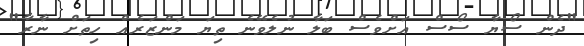
"ދެން ސޯޔާ ސޯސް އަށްވެސް ބަލާ ނުލެވޭނެ ތިޔަ މަންޒަރެއް ހިތަށް ނާރާ"